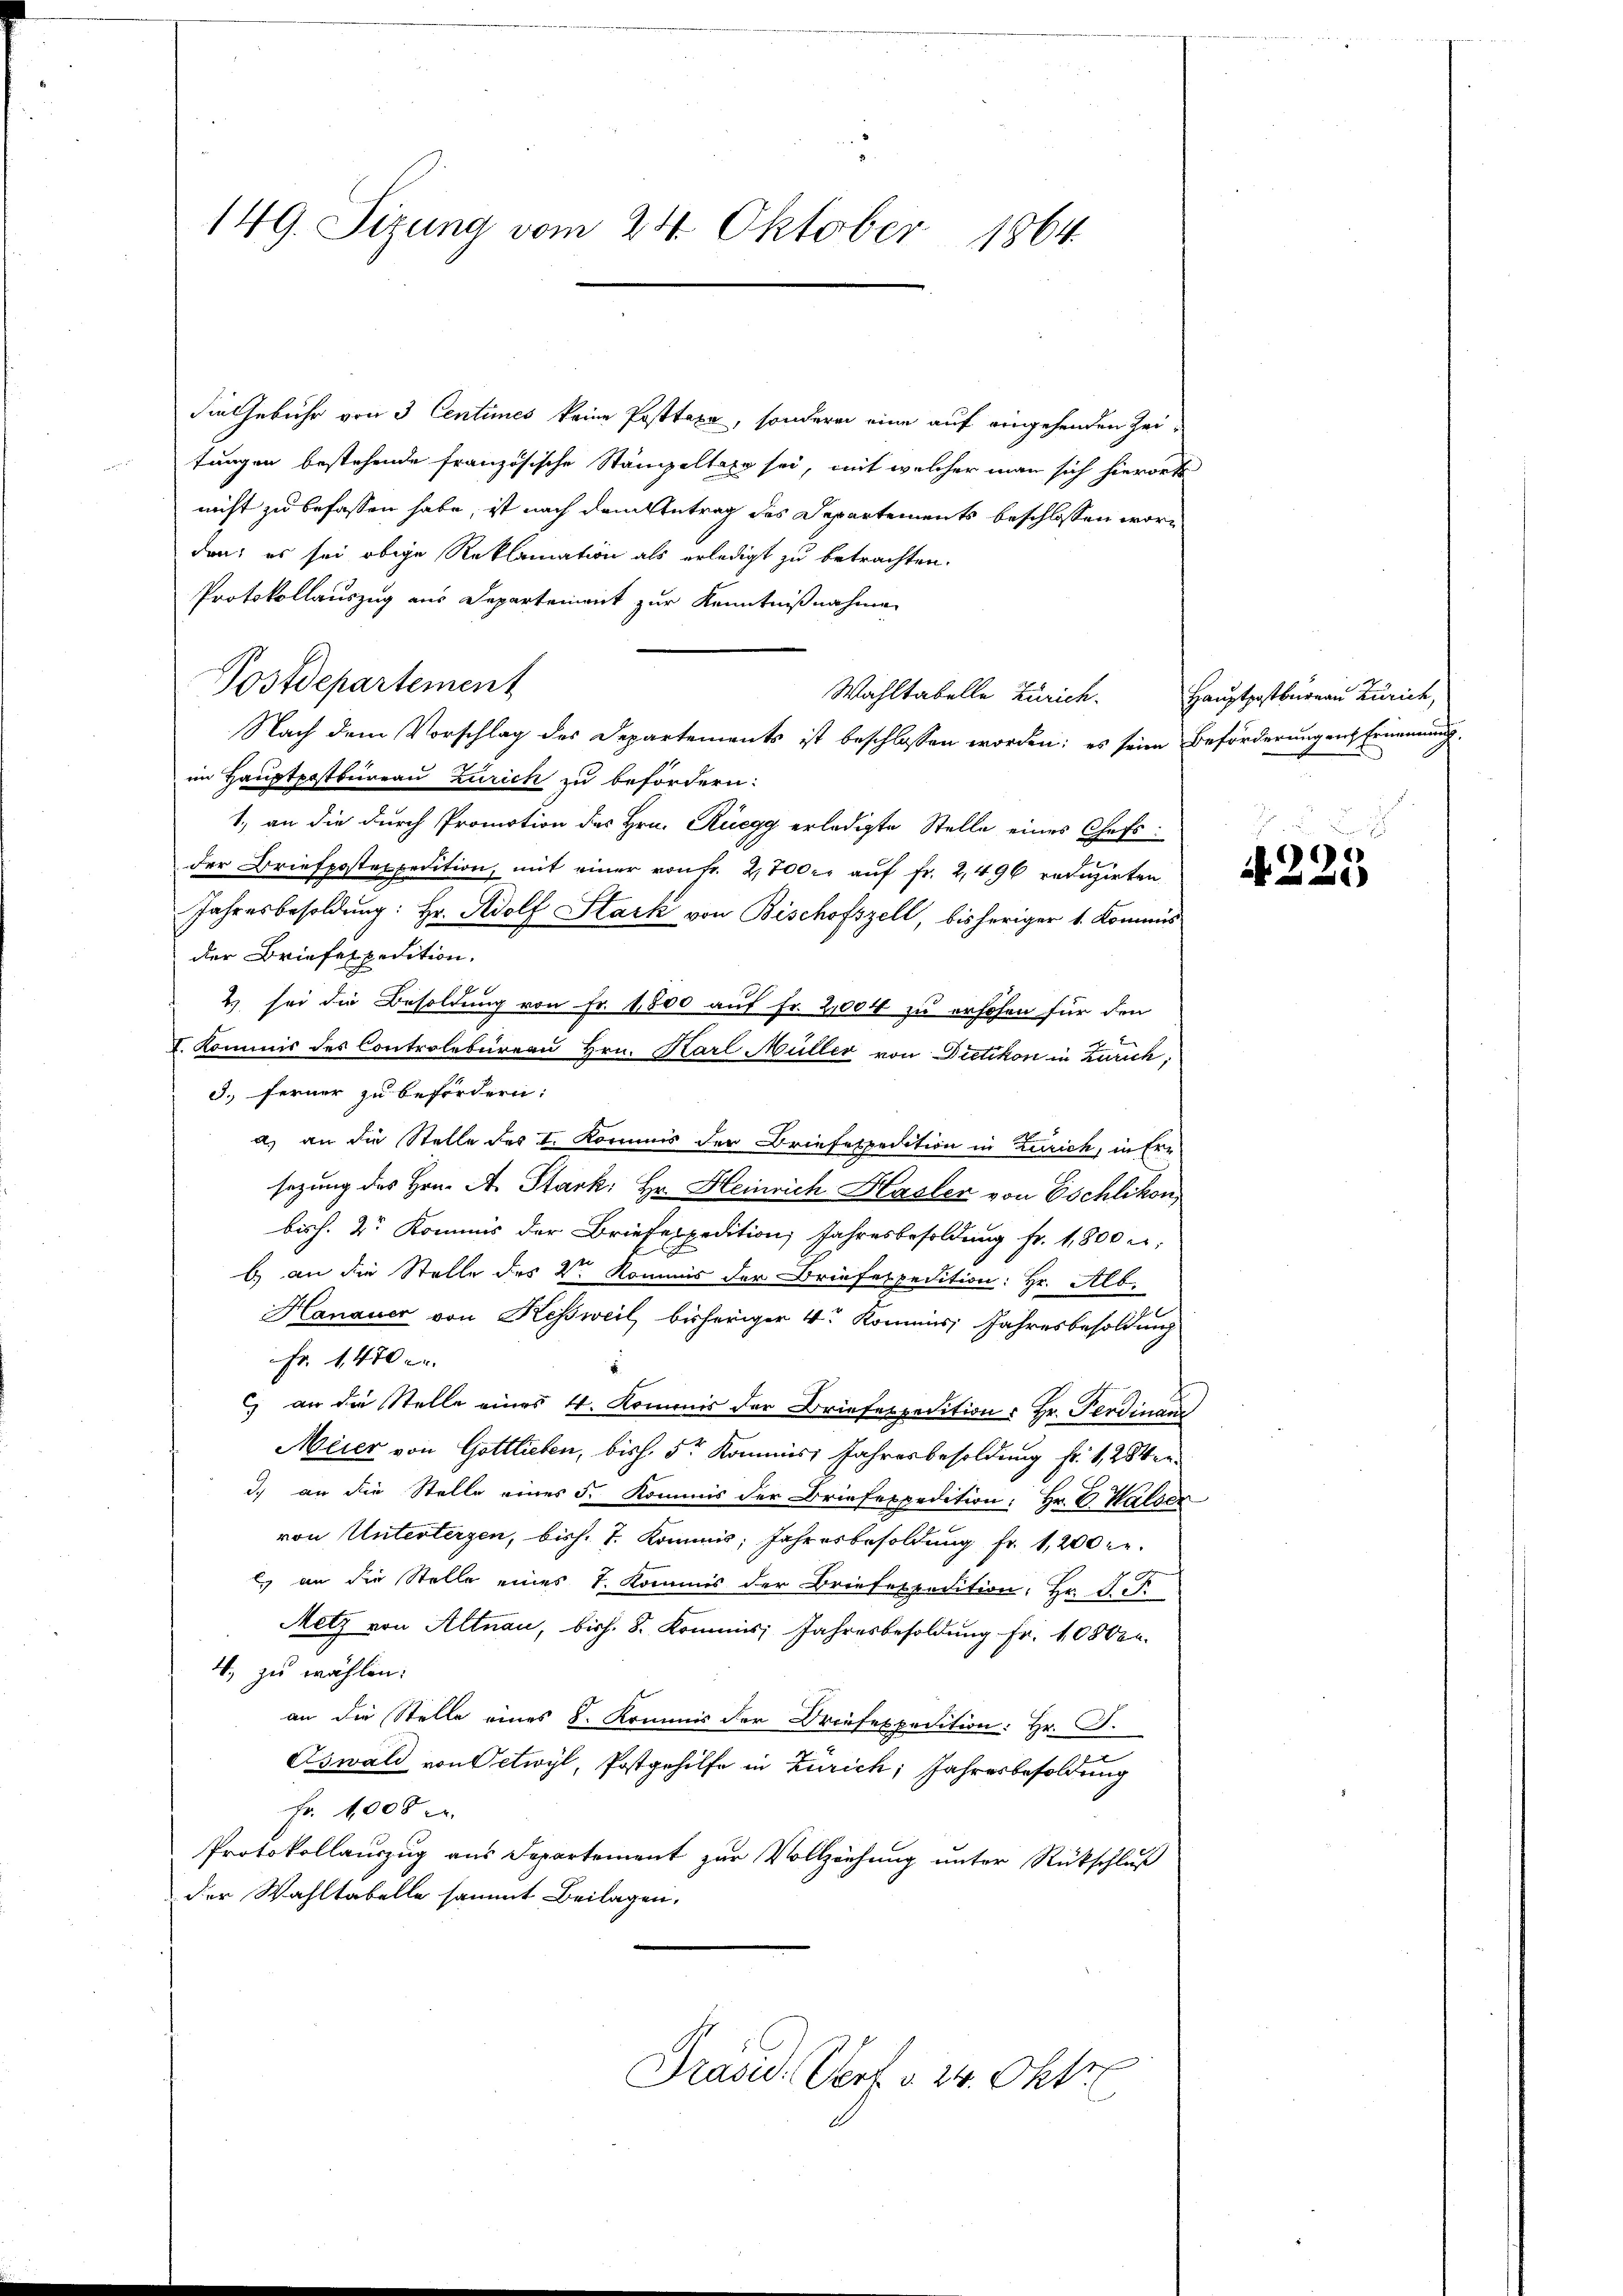
149. Sizung vom 24. Oktober
1864.

die Gebühr von 3 Centimes keine Posttaxe, sondern eine auf eingehenden Zei-
tungen bestehende französische Stämpeltage sei, mit welcher man sich hierorts
nicht zu befassen habe, ist nach dem Antrag des Departements beschlossen worden; es sei obige Reklamation als erledigt zu betrachten.
Protokollauszug aus Departement zur Kenntnißnahme
Postdepartement
Wahltabelle Zürich. Hauptpostbureau Zürich,
Nach dem Vorschlag des Departements ist beschlossen worden; es seine Beförderung ent Ernennung,
im Hauptpostbureau Zürich zu befördern:
1., an die durch Promotion des Hrn. Rüegg erledigte Stelle eines Chefsder Briefpostexpedition, mit einer von fr. 2,700 r. auf fr. 2,496 reduzirten
Jahresbesoldung: Hr. Adolf Stark von Bischofszell, bisheriger 1. Kommisder Briefexpedition,
2.) sei die Besoldung von Fr. 1,800 auf Fr. 2,004 zu erhohen für den
2
I. Kommis des Controlbureau Hrn. Karl Müller von Dietikon in Zürich,
3.) Ferner zu befördern:
a) an die Stelle des I. Kommis der Briefexpedition in Zürich, in Ern
sezung des Hrn. A. Stark: Hr. Heinrich Hasler von Eschlikon
biss. Dr. Kommis der Briefespedition Jahresbesoldung fr. 1,800 l.
b) an die Stelle des V. Kommis der Briefespedition: Hr. Alb.
Hanauer von Kessweil bisheriger 4. Kommis Jahresbesoldung
Fr. 1470.
) an die Stelle eines 4. Kommis der Briefespedition : Hr. Ferdinanz
Meier von Gottlieben, bish. 5r Kommiss Jahresbesoldung fr. 128 Verd) an die Stelle eines 5. Kommis der Briefexpedition: Hr. C. Halser
von Unterterzen, bish. J. Kommis Jahresbesoldung fr. 1,200 re
. an die Stelle eines 1. Kommis der Briefespedition, Hr. P.P.
Metz von Altnau, bish. 8. Kommis Jahresbesoldŭng fr. 10500.
4. zu wählen:
an die Stelle eines S. Kommnis der Briefespedition: Hr. F.
Oswald von Oetwyl, Postgehilfe in Zürich, Jahresbesoldung
Fr. 1008
Protokollauszug aus Departement zur Vollziehung unter Rückschluß
der Wahltabelle sammt Beilagen.
Präsid. Dorf v. 24. Okto

¬